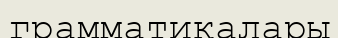
грамматикалары